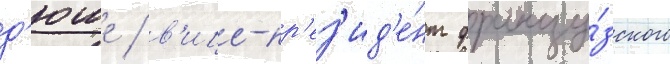
д'юше / в'ице-пр'ез'ид'е́нт францу́зского